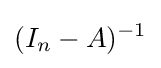
(I_{n}-A)^{-1}